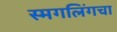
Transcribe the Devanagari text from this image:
स्मगलिंगचा